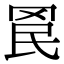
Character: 𮊄